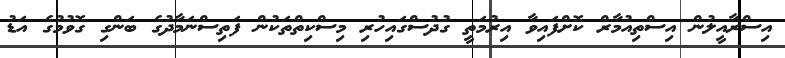
އިސްރާއީލުން އިސްތިއުމާރް ކޮށްފައިވާ އިރުމަތީ ގުދުސްގައިހުރި މިސްކިތްތަކުން ފަތިސްނަމާދުގެ ބަންގި ގޮވުމުގެ އަޑު